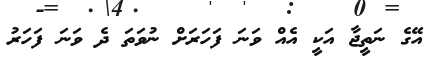
އޭގެ ނަތީޖާ އަކީ އެއް ވަނަ ފަހަރަށް ނުވަތަ ދެ ވަނަ ފަހަރު